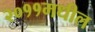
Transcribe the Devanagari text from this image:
२०११मधील